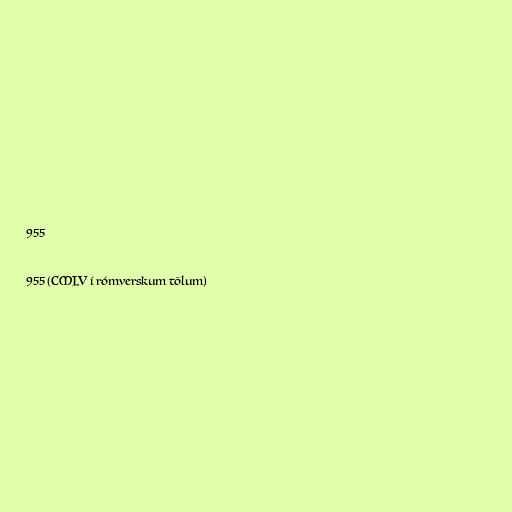
955

955 (CMLV í rómverskum tölum)